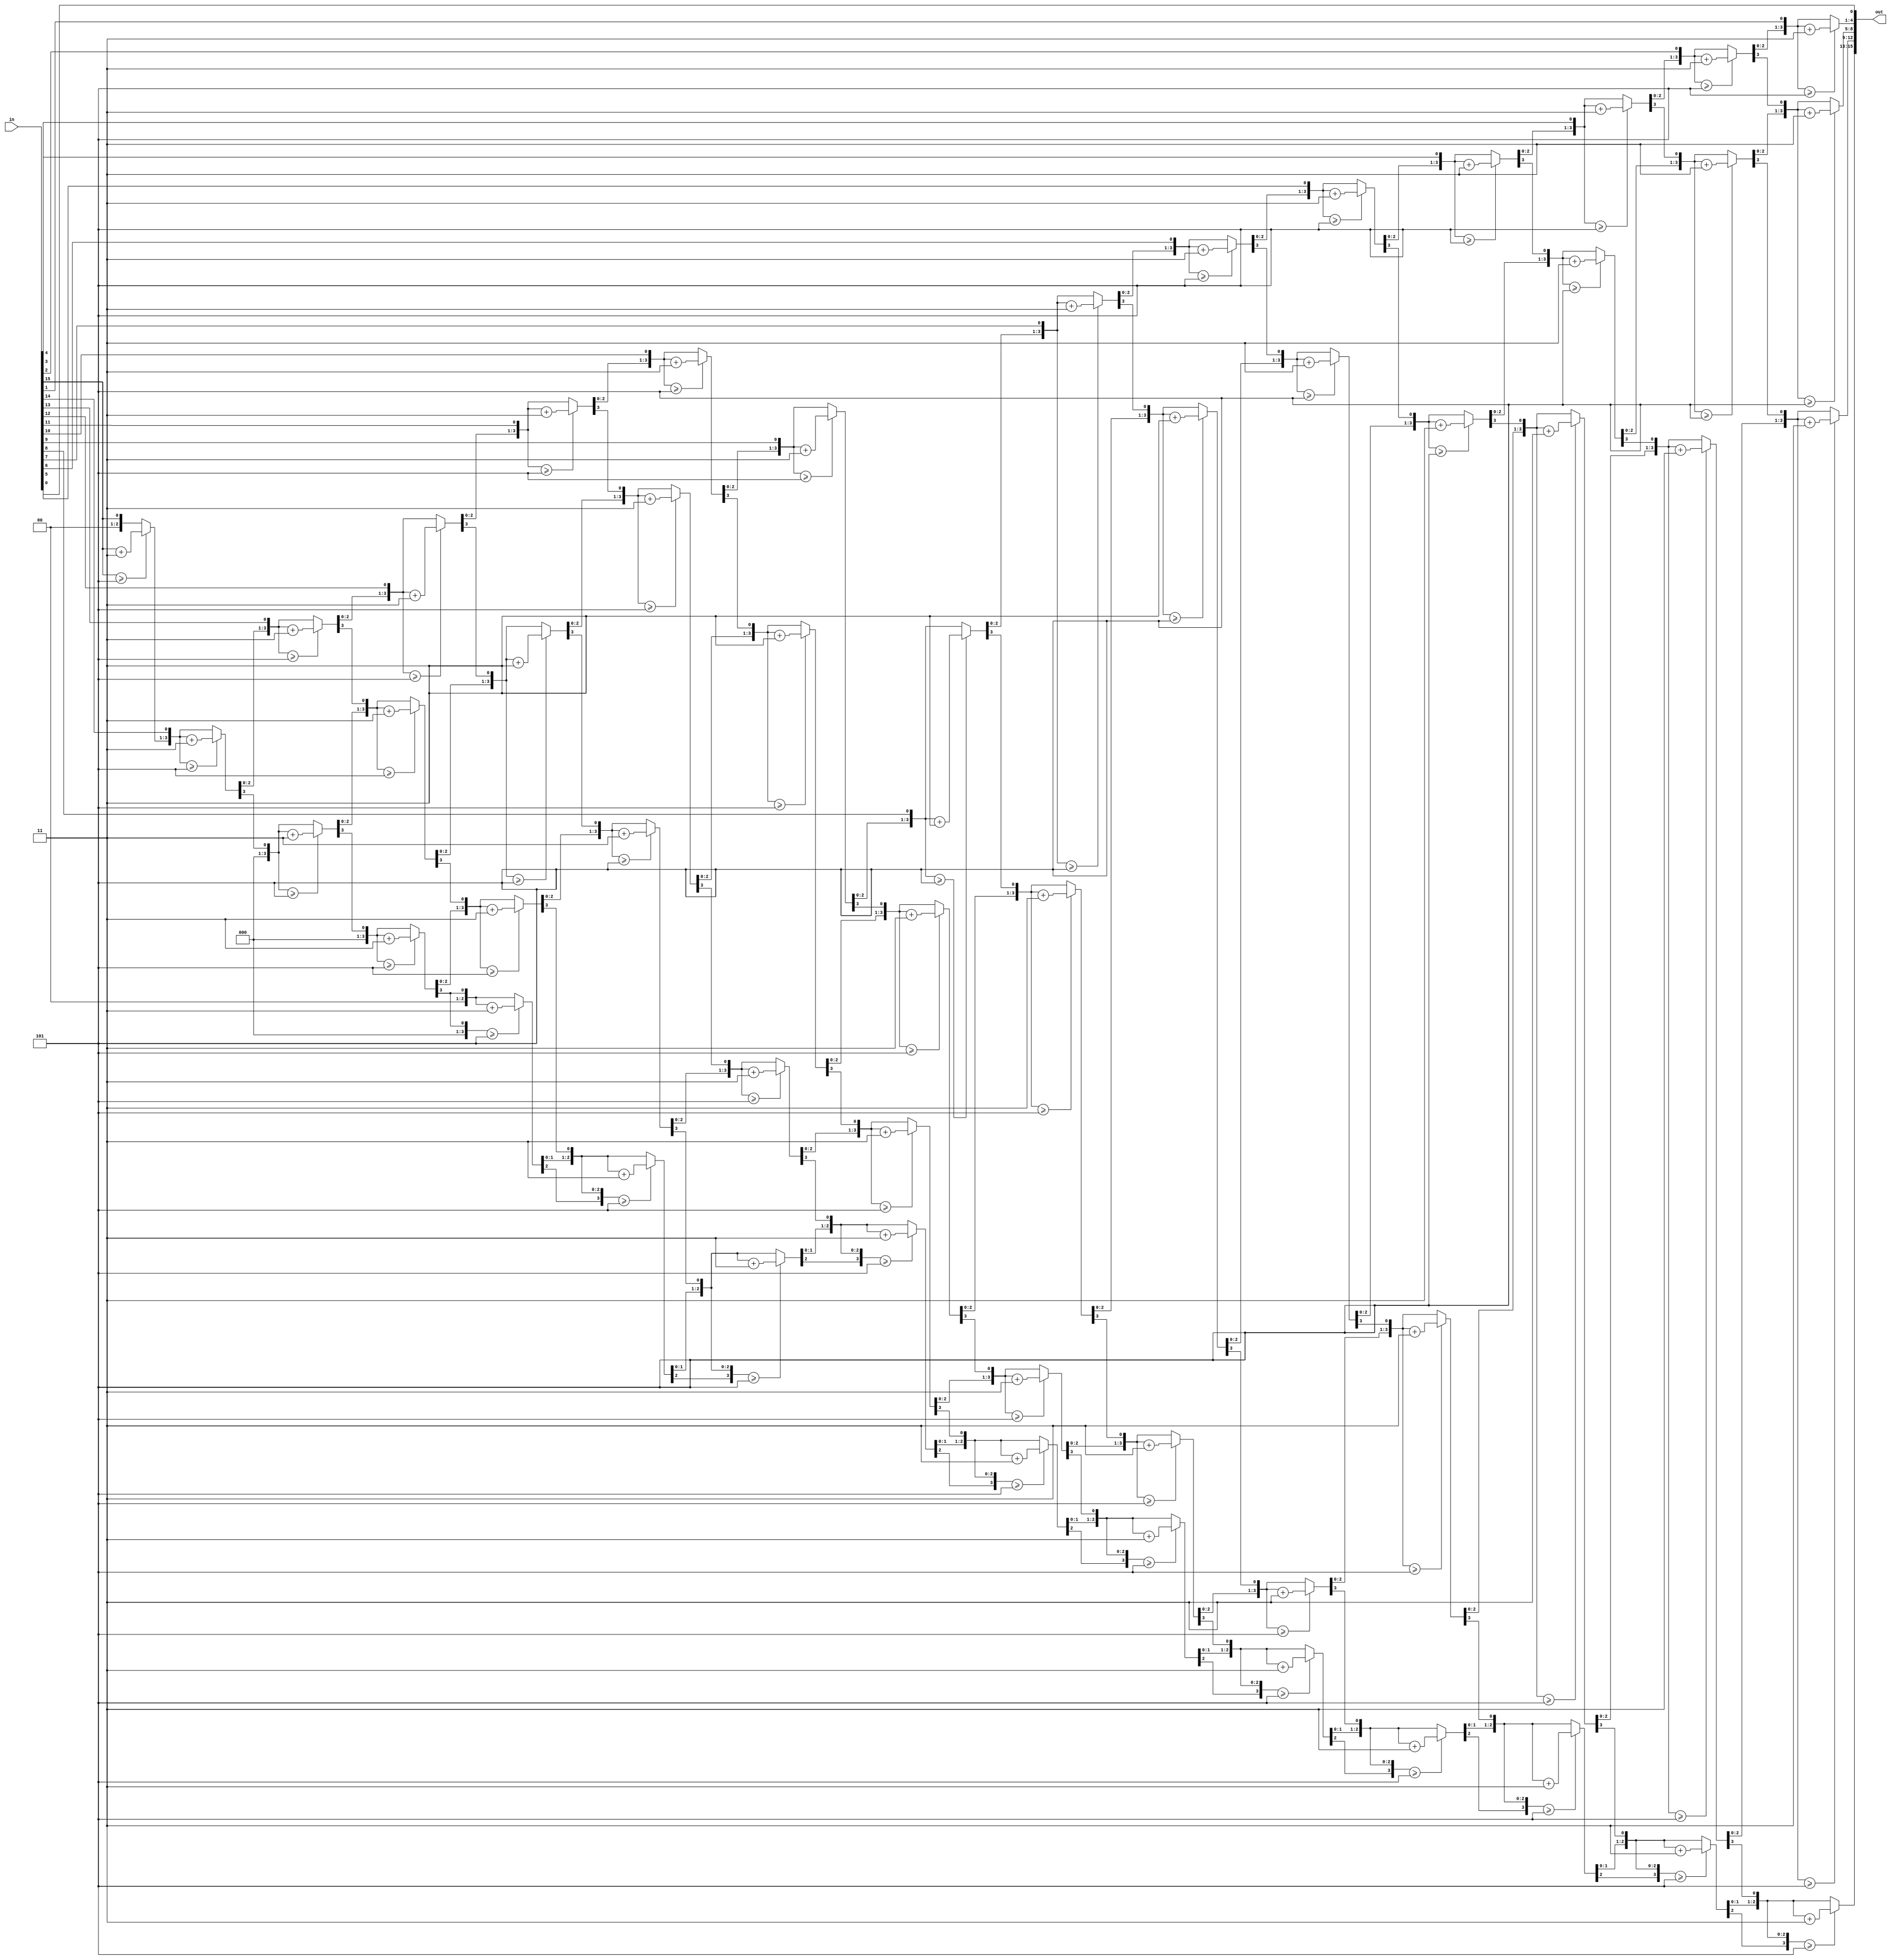
module binary_to_bcd (
  input [15:0] in,
  output reg [15:0] out
);
   
  integer i;
   
  always @(in) begin
    out = 0;
    for (i = 0; i < 16; i = i + 1) begin  // Iterate once for each bit in input number
      if (out[3:0] >= 5) out[3:0] = out[3:0] + 3; // If any out digit is >= 5, add three
      if (out[7:4] >= 5) out[7:4] = out[7:4] + 3;
      if (out[11:8] >= 5) out[11:8] = out[11:8] + 3;
      if (out[15:12] >= 5) out[15:12] = out[15:12] + 3;
      out = {out[14:0], in[15 - i]};  // Shift one bit, and shift in proper bit from input
    end
  end  
endmodule